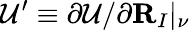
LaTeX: {\cal U}^{\prime}\equiv\partial{\cal U}/\partial{\mathbf R}_{I}\vert_{\nu}